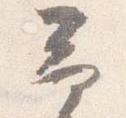
予